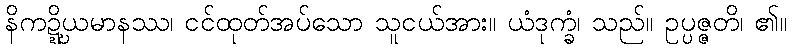
နိကဍ္ဍ္ဎိယမာနဿ၊ ငင်ထုတ်အပ်သော သူငယ်အား။ ယံဒုက္ခံ၊ သည်။ ဥပ္ပဇ္ဇတိ၊ ၏။